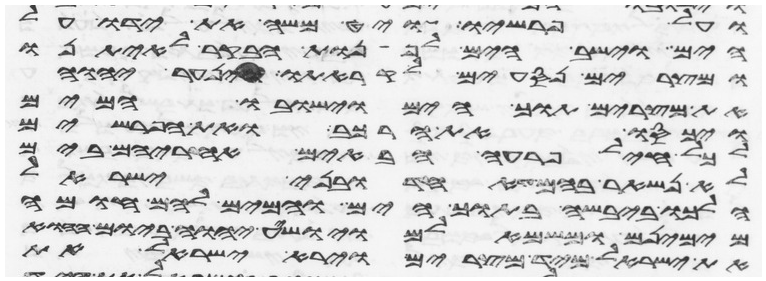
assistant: ועל פרשיו ויט משה את ידו על
הים וישב הים לפנות הבקר לאיתנו
ומצרים נסעים לקראתו וינער יהוה
את מצרים תוך הים וישובו המים
ויכסו את הרכב ואת הפרשים
לכל חיל פרעה הבאים אחריהם בים
לא נשאר בהם עד אחד ובני ישראל
הלכו ביבשה בתוך הים והמים להם חומה
מימינם ומשמאלם ויושיע יהוה ביום ההוא
את ישראל מיד מצרים וירא ישראל את